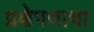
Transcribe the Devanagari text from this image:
प्रक्षेपणाचा